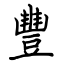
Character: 豐